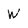
Character: W